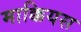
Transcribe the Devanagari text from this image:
माक्कियस